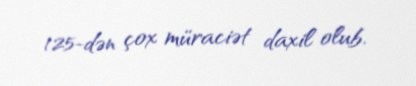
125-dən çox müraciət daxil olub.